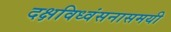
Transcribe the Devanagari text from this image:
दक्षविध्वंसनासमयी